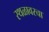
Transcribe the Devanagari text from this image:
स्थळावरचा